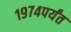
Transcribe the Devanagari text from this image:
१९७४पर्यंत